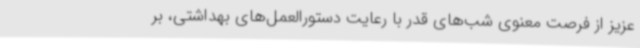
عزیز از فرصت معنوی شب‌های قدر با رعایت دستورالعمل‌های بهداشتی، بر